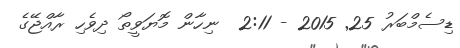
ޑިސެމްބަރު 25